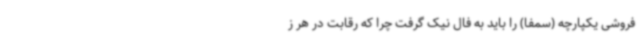
فروشی یکپارچه (سمفا) را باید به فال نیک گرفت چرا که رقابت در هر ز